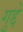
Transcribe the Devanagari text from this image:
गुद्दे